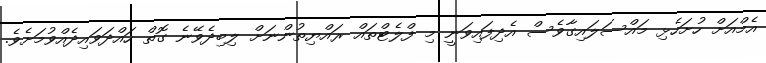
އެމްއަށް ހުށަހެޅި މައްސަލައިގާވެސް އެދިފައިވަނީ މި ފްލެޓްތައް ރައްޔިތުންނަށް ލިބިދެވޭނެ ގޮތް ހައްދަވައިދެއްވުމަށެވެ.